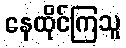
နေထိုင်ကြသူ